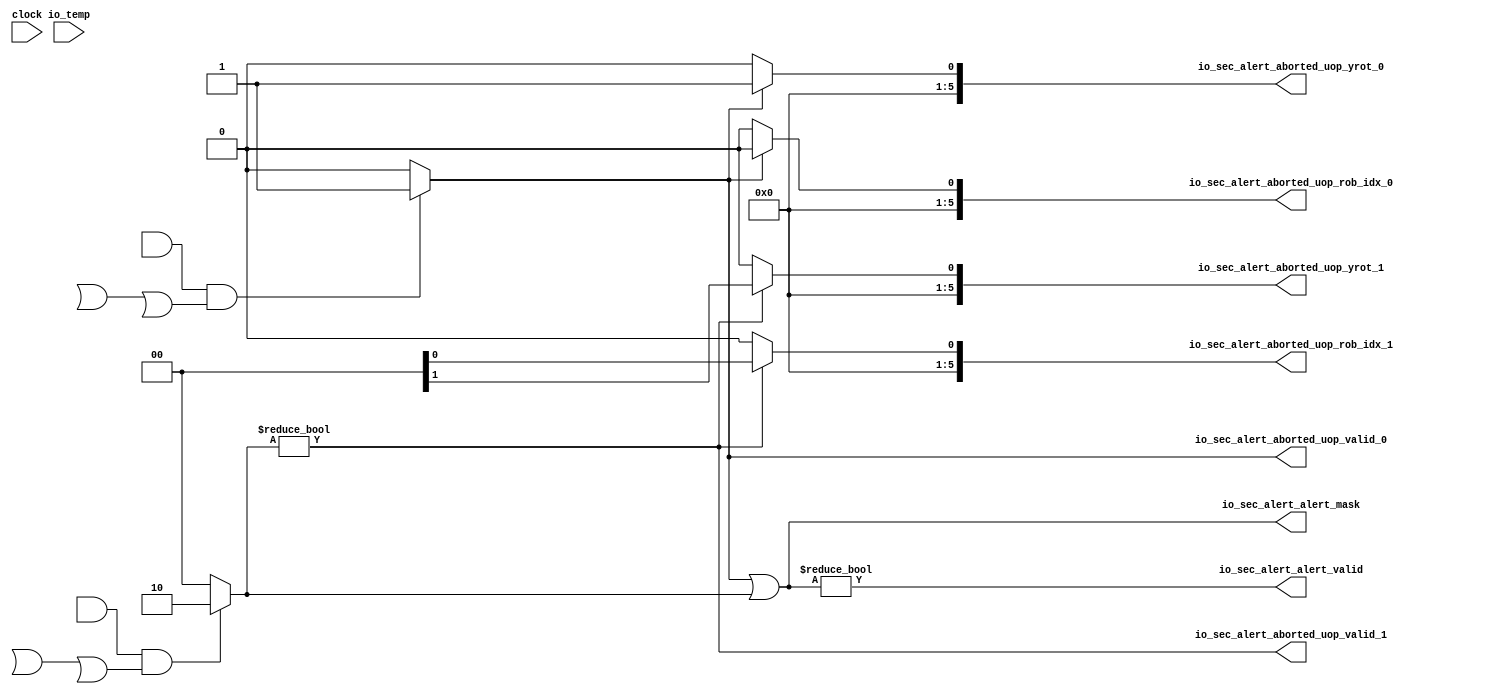
module SecurityMonitor( // @[:chipyard.TestHarness.MediumBoomConfig.fir@474096.2]
  input        clock, // @[:chipyard.TestHarness.MediumBoomConfig.fir@474097.4]
  output       io_sec_alert_alert_valid, // @[:chipyard.TestHarness.MediumBoomConfig.fir@474099.4]
  output [1:0] io_sec_alert_alert_mask, // @[:chipyard.TestHarness.MediumBoomConfig.fir@474099.4]
  output       io_sec_alert_aborted_uop_valid_0, // @[:chipyard.TestHarness.MediumBoomConfig.fir@474099.4]
  output       io_sec_alert_aborted_uop_valid_1, // @[:chipyard.TestHarness.MediumBoomConfig.fir@474099.4]
  output [5:0] io_sec_alert_aborted_uop_rob_idx_0, // @[:chipyard.TestHarness.MediumBoomConfig.fir@474099.4]
  output [5:0] io_sec_alert_aborted_uop_rob_idx_1, // @[:chipyard.TestHarness.MediumBoomConfig.fir@474099.4]
  output [5:0] io_sec_alert_aborted_uop_yrot_0, // @[:chipyard.TestHarness.MediumBoomConfig.fir@474099.4]
  output [5:0] io_sec_alert_aborted_uop_yrot_1, // @[:chipyard.TestHarness.MediumBoomConfig.fir@474099.4]
  input  [9:0] io_temp // @[:chipyard.TestHarness.MediumBoomConfig.fir@474099.4]
);

  wire [1:0] alert1;
  wire [1:0] alert2;
  
  assign alert1 = (ZCU104FPGATestHarness.chiptop.system.tile_prci_domain.tile_reset_domain.boom_tile.core.jmp_unit.alu.io_req_valid && ZCU104FPGATestHarness.chiptop.system.tile_prci_domain.tile_reset_domain.boom_tile.core.jmp_unit.alu.io_req_bits_uop_taint &&
		( ZCU104FPGATestHarness.chiptop.system.tile_prci_domain.tile_reset_domain.boom_tile.core.jmp_unit.alu.io_req_bits_uop_is_br || ZCU104FPGATestHarness.chiptop.system.tile_prci_domain.tile_reset_domain.boom_tile.core.jmp_unit.alu.io_req_bits_uop_is_jal 
		|| ZCU104FPGATestHarness.chiptop.system.tile_prci_domain.tile_reset_domain.boom_tile.core.jmp_unit.alu.io_req_bits_uop_is_jalr) ) ? 2'b01 : 2'b00;
  
  assign alert2 = (ZCU104FPGATestHarness.chiptop.system.tile_prci_domain.tile_reset_domain.boom_tile.core.csr_exe_unit.alu.io_req_valid && ZCU104FPGATestHarness.chiptop.system.tile_prci_domain.tile_reset_domain.boom_tile.core.csr_exe_unit.alu.io_req_bits_uop_taint &&
		( ZCU104FPGATestHarness.chiptop.system.tile_prci_domain.tile_reset_domain.boom_tile.core.csr_exe_unit.alu.io_req_bits_uop_is_br || ZCU104FPGATestHarness.chiptop.system.tile_prci_domain.tile_reset_domain.boom_tile.core.csr_exe_unit.alu.io_req_bits_uop_is_jal 
		|| ZCU104FPGATestHarness.chiptop.system.tile_prci_domain.tile_reset_domain.boom_tile.core.csr_exe_unit.alu.io_req_bits_uop_is_jalr) ) ? 2'b10 : 2'b00;
  
  wire [1:0] alert_mask;
  assign alert_mask = alert1 | alert2;
  
  assign io_sec_alert_alert_valid = alert_mask != 2'b00;
  assign io_sec_alert_alert_mask = alert_mask;
  
  assign io_sec_alert_aborted_uop_valid_0 = alert1 != 2'b00 ;
	
  assign io_sec_alert_aborted_uop_rob_idx_0 = (alert1 != 2'b00) ? ZCU104FPGATestHarness.chiptop.system.tile_prci_domain.tile_reset_domain.boom_tile.core.jmp_unit.alu.io_req_bits_uop_rob_idx : 6'h0;

  assign io_sec_alert_aborted_uop_yrot_0 = (alert1 != 2'b00) ? ZCU104FPGATestHarness.chiptop.system.tile_prci_domain.tile_reset_domain.boom_tile.core.jmp_unit.alu.io_req_bits_uop_yrot : 6'h0;
	
  assign io_sec_alert_aborted_uop_valid_1 = alert2 != 2'b00;
	
  assign io_sec_alert_aborted_uop_rob_idx_1 = (alert2 != 2'b00) ? ZCU104FPGATestHarness.chiptop.system.tile_prci_domain.tile_reset_domain.boom_tile.core.csr_exe_unit.alu.io_req_bits_uop_rob_idx : 6'h0;

  assign io_sec_alert_aborted_uop_yrot_1 = (alert2 != 2'b00) ? ZCU104FPGATestHarness.chiptop.system.tile_prci_domain.tile_reset_domain.boom_tile.core.csr_exe_unit.alu.io_req_bits_uop_yrot : 6'h0;	

	

endmodule